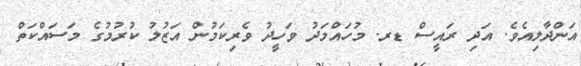
އަންދާލިއެވެ. އަދި ރައީސް ޑރ. މުހައްމަދު ވަހީދު ވެރިކަމުން އަޒުލު ކުރުމުގެ މަސައްކަތް